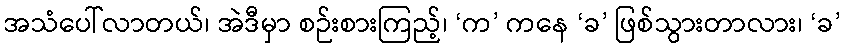
အသံပေါ်လာတယ်၊ အဲဒီမှာ စဉ်းစားကြည့်၊ ‘က’ ကနေ ‘ခ’ ဖြစ်သွားတာလား၊ ‘ခ’